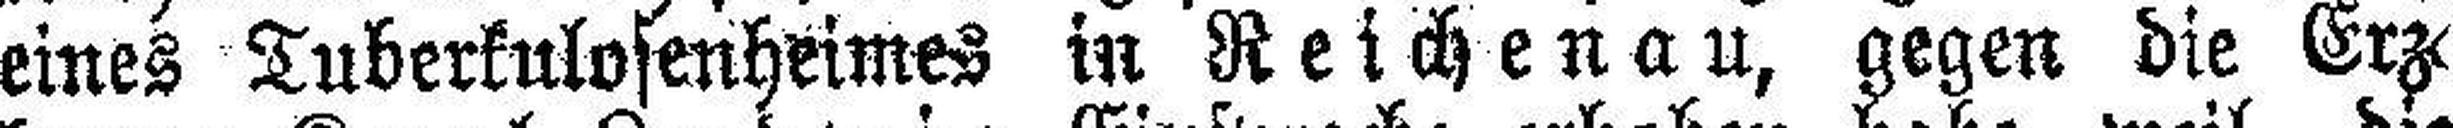
eines Tuberkulosenheimes in Reichenau, gegen die Erz